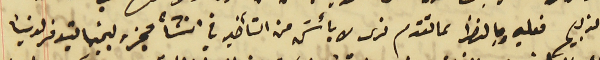
الذبيح فعليه وبالنظر لما تقدم نرى لا بأسَ من التأخير في انشأ مجزر لحينما يتوفر لدينا